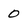
Character: 0